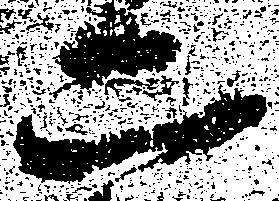
二